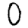
Digit: 0